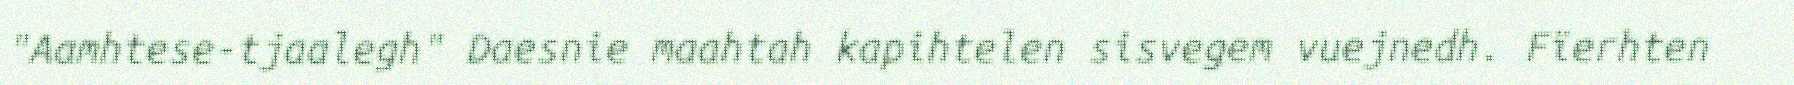
"Aamhtese-tjaalegh" Daesnie maahtah kapihtelen sisvegem vuejnedh. Fïerhten